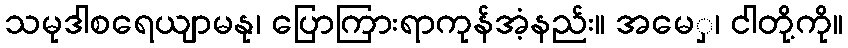
သမုဒါစရေယျာမနု၊ ပြောကြားရာကုန်အံ့နည်း။ အမေှ၊ ငါတို့ကို။